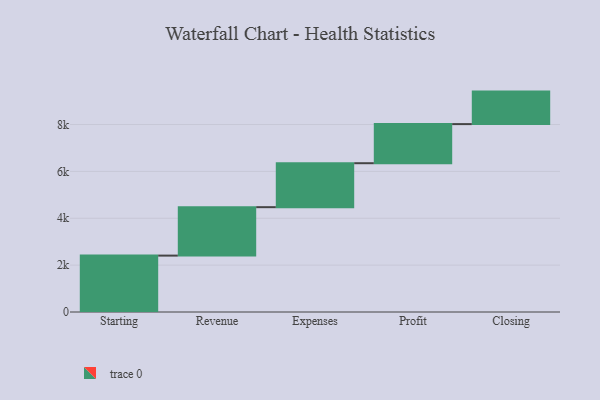
{"axis": {"x": "Step", "y": "Value"}, "legend": [""], "data": [{"x": "Starting", "y": 2407.0, "type": ""}, {"x": "Revenue", "y": 2067.0, "type": ""}, {"x": "Expenses", "y": 1876.0, "type": ""}, {"x": "Profit", "y": 1669.0, "type": ""}, {"x": "Closing", "y": 1387.0, "type": ""}]}